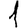
Digit: 1